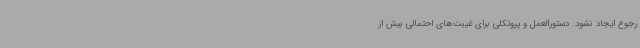
رجوع ایجاد نشود. دستورالعمل و پروتکلی برای غیبت‌های احتمالی بیش از